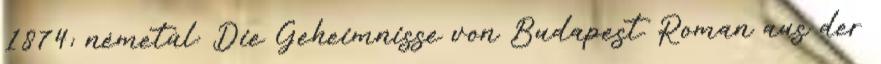
1874; németül: Die Geheimnisse von Budapest. Roman aus der